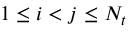
1 \leq i < j \leq N _ { t }